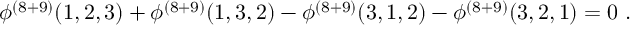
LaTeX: \phi ^ { ( 8 + 9 ) } ( 1 , 2 , 3 ) + \phi ^ { ( 8 + 9 ) } ( 1 , 3 , 2 ) - \phi ^ { ( 8 + 9 ) } ( 3 , 1 , 2 ) - \phi ^ { ( 8 + 9 ) } ( 3 , 2 , 1 ) = 0 \ .